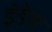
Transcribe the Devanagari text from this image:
इंडेस